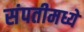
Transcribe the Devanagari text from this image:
संपतीमध्ये